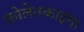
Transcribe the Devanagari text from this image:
कोलेनकाइमा